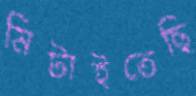
মিটাইতেছি